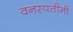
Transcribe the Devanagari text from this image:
वनस्पतीनी